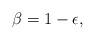
LaTeX: \begin{align*}\beta=1-\epsilon,\end{align*}